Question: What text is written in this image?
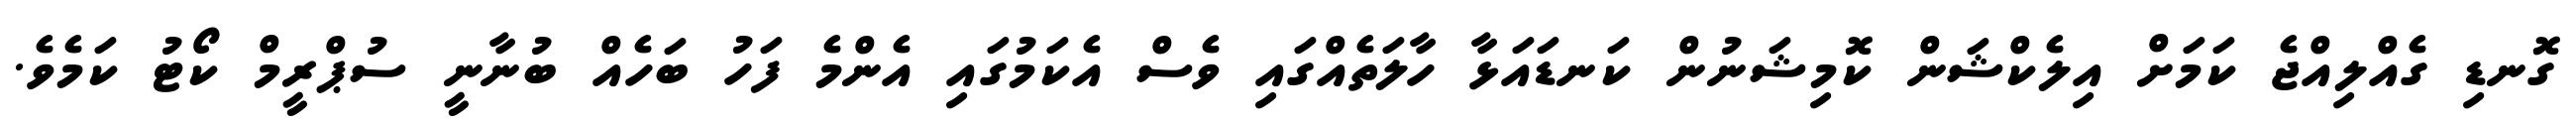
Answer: ގޮނޑި ގެއްލިއްޖެ ކަމަށް އިލެކްޝަން ކޮމިޝަނުން ކަނޑައަޅާ ހާލަތެއްގައި ވެސް އެކަމުގައި އެންމެ ފަހު ބަހެއް ބުނާނީ ސުޕްރީމް ކޯޓު ކަމެވެ.